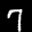
Label: 7